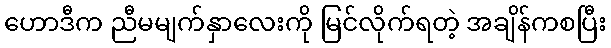
ဟောဒီက ညီမမျက်နှာလေးကို မြင်လိုက်ရတဲ့ အချိန်ကစပြီး